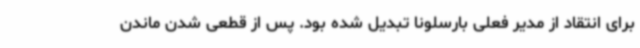
برای انتقاد از مدیر فعلی بارسلونا تبدیل شده بود. پس از قطعی شدن ماندن